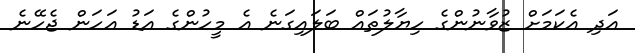
އަދި އެކަމަށް ޒުވާނުންގެ ހިޔާލުތައް ބަލައިގަނެ އެ މީހުންގެ އަޑު އަހަން ޖެހޭނެ